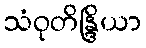
သံဝုတိန္ဒြိယာ